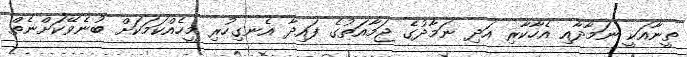
ތީނާއަކީ ނަމާދާއި އެހާކާރި އަދި ނަމާދުގެ ޖަމާއަތުގެ ފައިދާ އެނގިހުރި މީހެއްކަމަކަށް ބުނެވޭކަށްނެތް